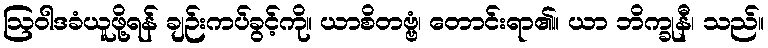
ဩဝါဒခံယူဖို့ရန် ချဉ်းကပ်ခွင့်ကို။ ယာစိတဗ္ဗံ၊ တောင်းရာ၏။ ယာ ဘိက္ခုနီ၊ သည်။